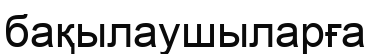
бақылаушыларға